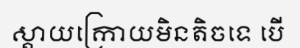
ស្តាយក្រោយមិនតិចទេ បើ